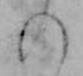
の